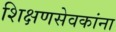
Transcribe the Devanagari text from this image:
शिक्षणसेवकांना